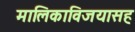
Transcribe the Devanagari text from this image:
मालिकाविजयासह